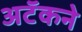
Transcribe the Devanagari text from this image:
अटॅकने